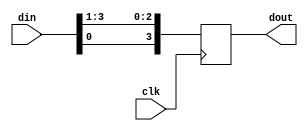
module register_right(clk, din, dout);  
 
input clk;  
 
input [3:0] din;  
 
output [3:0] dout;  
 
reg [3:0] dout;  
 

 
always @(posedge clk)  
 
begin  
 
dout <= {din[0], din[3:1]};  
 
 end  
 
endmodule